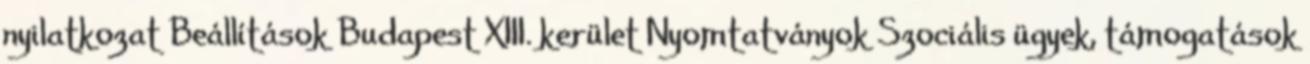
nyilatkozat Beállítások Budapest XIII. kerület Nyomtatványok Szociális ügyek, támogatások